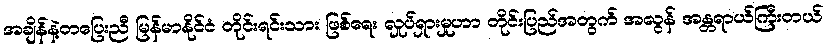
အချိန်နဲ့တပြေးညီ မြန်မာနိုင်ငံ တိုင်းရင်းသား ဖြစ်ရေး လှုပ်ရှားမှုဟာ တိုင်းပြည်အတွက် အလွန် အန္တရာယ်ကြီးတယ်